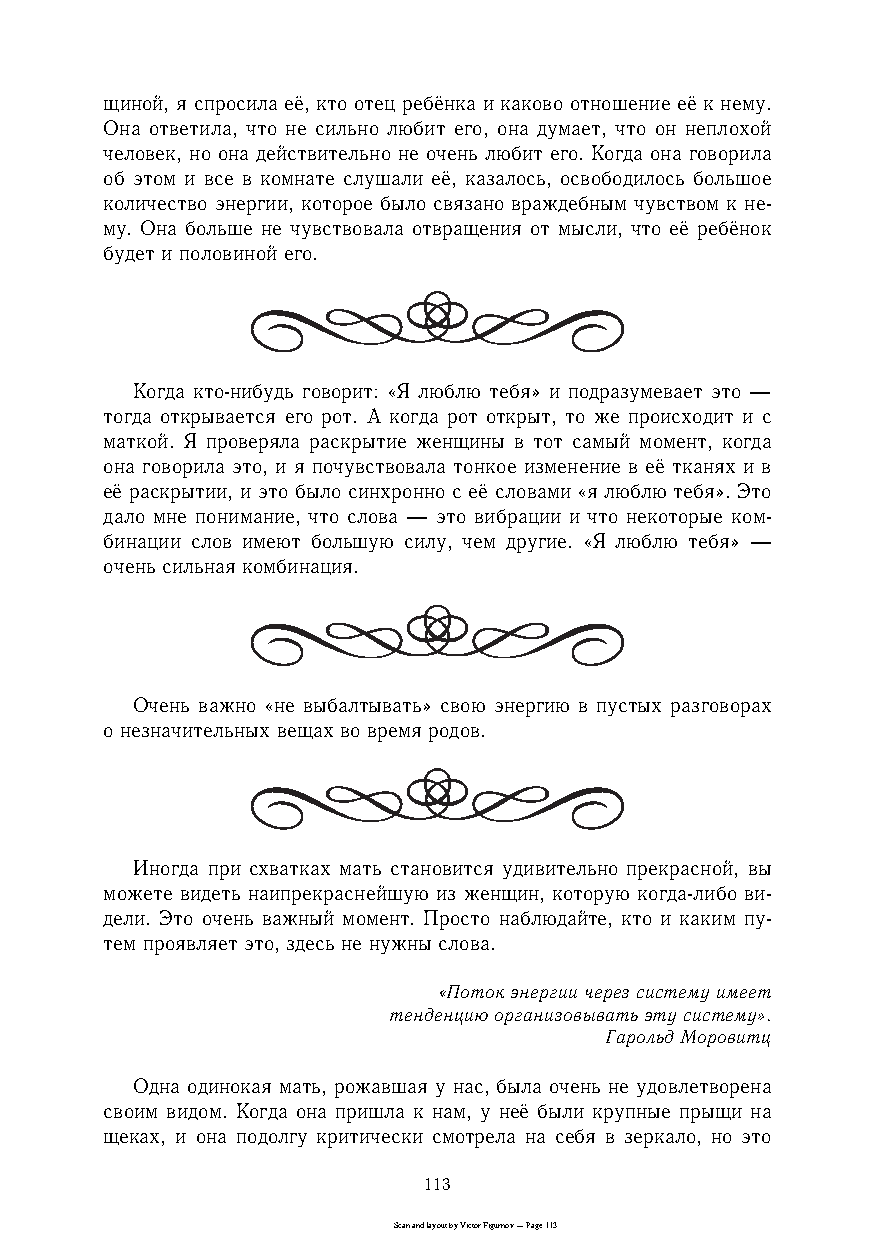
щиной, я спросила её, кто отец ребёнка и каково отношение её к нему.
 Она ответила, что не сильно любит его, она думает, что он неплохой
 человек, но она действительно не очень любит его. Когда она говорила
 об этом и все в комнате слушали её, казалось, освободилось большое
 количество энергии, которое было связано враждебным чувством к неc
 му. Она больше не чувствовала отвращения от мысли, что её ребёнок
 будет и половиной его.
 Когда ктоcнибудь говорит: «Я люблю тебя» и подразумевает это —
 тогда открывается его рот. А когда рот открыт, то же происходит и с
 маткой. Я проверяла раскрытие женщины в тот самый момент, когда
 она говорила это, и я почувствовала тонкое изменение в её тканях и в
 её раскрытии, и это было синхронно с её словами «я люблю тебя». Это
 дало мне понимание, что слова — это вибрации и что некоторые комc
 бинации слов имеют большую силу, чем другие. «Я люблю тебя» —
 очень сильная комбинация.
 Очень важно «не выбалтывать» свою энергию в пустых разговорах
 о незначительных вещах во время родов.
 Иногда при схватках мать становится удивительно прекрасной, вы
 можете видеть наипрекраснейшую из женщин, которую когдаcлибо виc
 дели. Это очень важный момент. Просто наблюдайте, кто и каким пуc
 тем проявляет это, здесь не нужны слова.
 «Поток энергии через систему имеет
 тенденцию организовывать эту систему».
 Гарольд Моровитц
 Одна одинокая мать, рожавшая у нас, была очень не удовлетворена
 своим видом. Когда она пришла к нам, у неё были крупные прыщи на
 щеках, и она подолгу критически смотрела на себя в зеркало, но это
 113
 Scan and layout by Victor Figurnov — Page 113